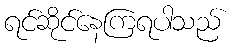
ရင်ဆိုင်နေကြရပါသည်